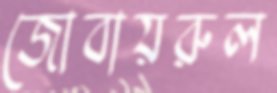
জোবায়রুল